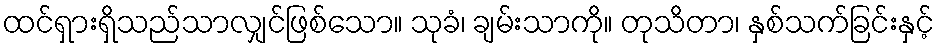
ထင်ရှားရှိသည်သာလျှင်ဖြစ်သော။ သုခံ၊ ချမ်းသာကို။ တုသိတာ၊ နှစ်သက်ခြင်းနှင့်